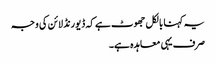
یہ کہنا بالکل جھوٹ ہے کہ ڈیورنڈ لائن کی وجہ
صرف یہی معاہدہ ہے۔